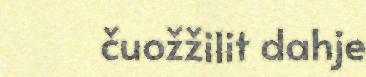
čuožžilit dahje